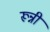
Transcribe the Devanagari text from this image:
रून्नी